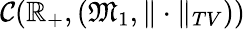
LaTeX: \mathcal{C}(\mathbb{R}_{+},(\mathfrak{M}_{1},\| \cdot\| _{TV}))